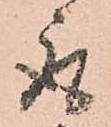
取